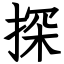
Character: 探